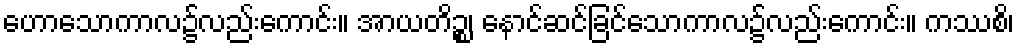
ဟောသောကာလ၌လည်းကောင်း။ အာယတိဉ္စ၊ နောင်ဆင်ခြင်သောကာလ၌လည်းကောင်း။ ကဿစိ၊